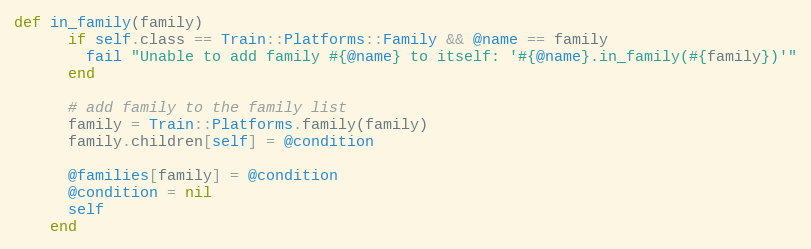
Language: Ruby
def in_family(family)
      if self.class == Train::Platforms::Family && @name == family
        fail "Unable to add family #{@name} to itself: '#{@name}.in_family(#{family})'"
      end

      # add family to the family list
      family = Train::Platforms.family(family)
      family.children[self] = @condition

      @families[family] = @condition
      @condition = nil
      self
    end